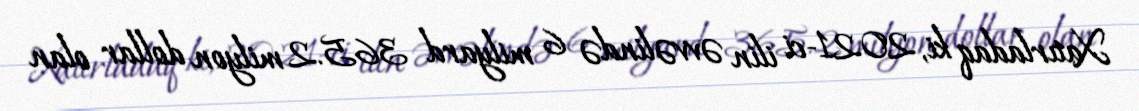
Xatırladaq ki, 2021-ci ilin əvvəlində 6 milyard 365.2 milyon dollar olan